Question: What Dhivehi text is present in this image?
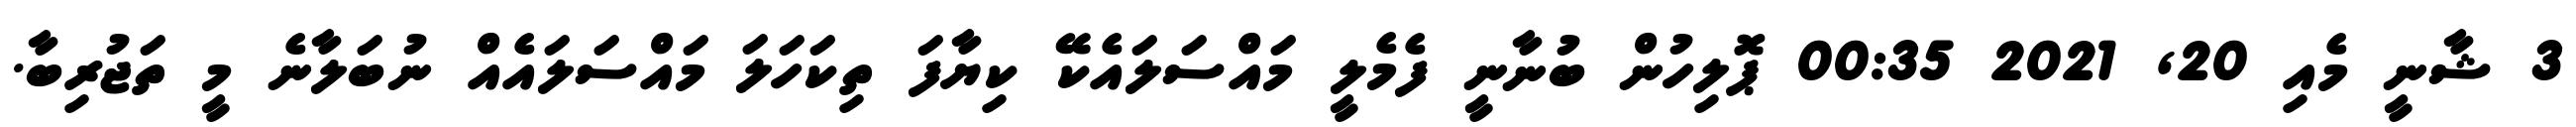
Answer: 3 ޝާނީ މެއި 20, 2021 00:35 ޕޮލިހުން ބުނާނީ ފެމެލީ މައްސަލައެކޭ ކިޔާފަ ތިކަހަލަ މައްސަލައެއް ނުބަލާނެ މީ ތަޖުރިބާ.